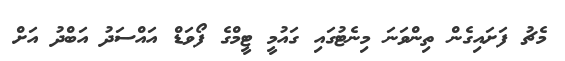
މެޗު ފަށައިގެން ތިންވަނަ މިނެޓުގައި ގައުމީ ޓީމްގެ ފޯވަޑް އައްސަދު އަބްދު އަށް